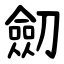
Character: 劎